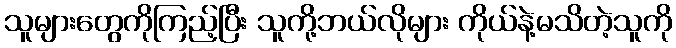
သူများတွေကိုကြည့်ပြီး သူကို့ဘယ်လိုများ ကိုယ်နဲ့မသိတဲ့သူကို